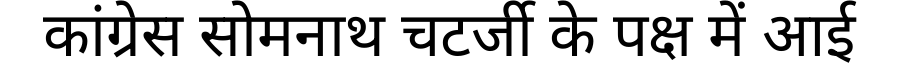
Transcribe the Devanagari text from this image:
कांग्रेस सोमनाथ चटर्जी के पक्ष में आई